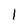
Character: 1